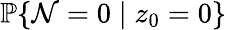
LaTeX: \mathbb{P}\{ \mathcal{N}=0\mid z_{0}=0\}